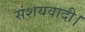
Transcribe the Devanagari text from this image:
संशयवादी।